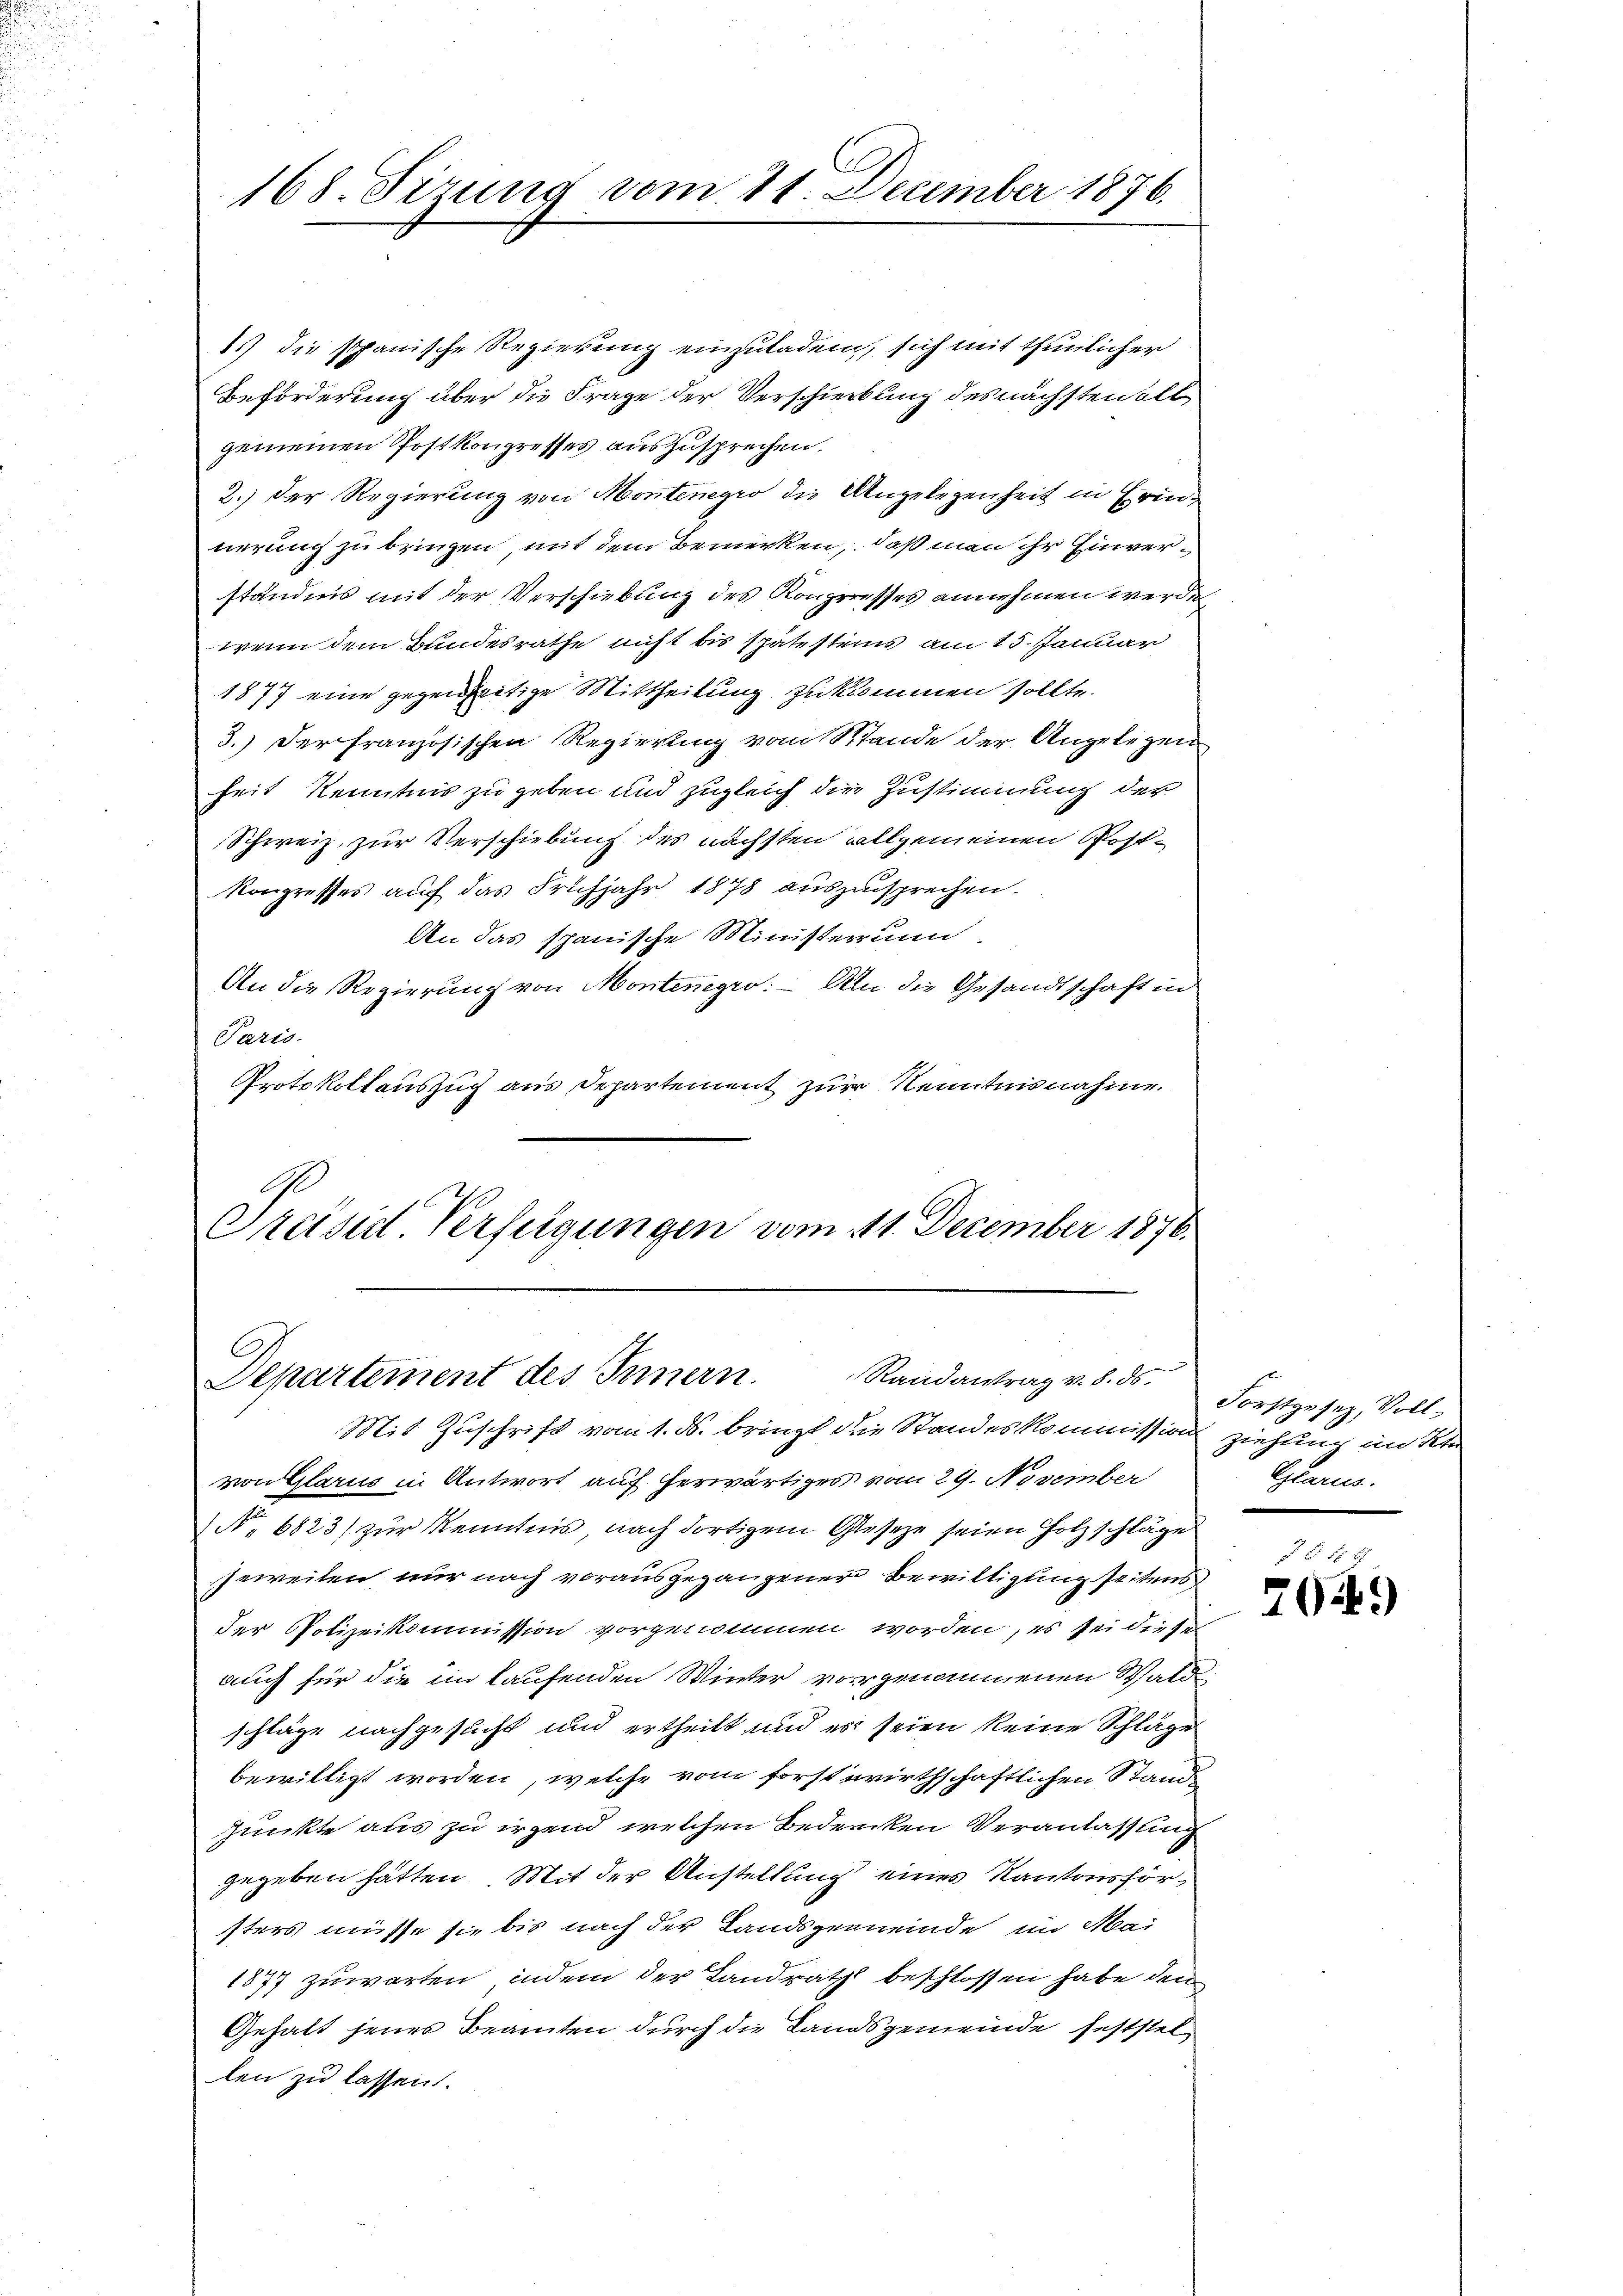
168. Sizung vom 21. December 1876.

1.) die spanische Regierung einzuladen, sich mit thunlicher
Beförderung über die Frage der Verschiebung des nächsten alt
gemeinen Postkongresses auszusprechen.
2.) Der Regierung von Montenegro die Angelegenheit in Erinnerung zu bringen, mit dem Bemerken, daß man ihr Einverständnis mit der Verschiebung des Kongresses annehmen werden,
wenn dem Bundesrathe nicht bis spätesteins am 15. Januar
1877 eine gegenseitige Mittheilung zukommen sollte.
3.) Der Französischen Regierung vom Stande der Angelegen
heit Kenntnis zu geben und zugleich die Zustimmung der
Schweiz zur Verschiebung des nächsten allgemeinen Postkongresses auf das Frühjahr 1878 auszusprechen.
An das spanische Ministerunm
An die Regierung von Montenegro. – Am die Gesandtschaft in
Paris.
Protokollauszug aus Departement zur Kenntnisnahme.
Ge
Präsid. Verfügungen vom 11. December 1876.

C
Randantrag v. 8. ds.
Departement des Innern.

Mit Zuschrift vom 1. ds. bringt die Standeskommission ziehung im Ste
von Glarus in Antwort auf herwärtiges vom 29. November
No 6823) zur Kenntnis nach dortigem Geseze seien Holzschläge
jeweiten nur nach vorausgegangener Bewilligung seitens
der Polizeikommission vorgenommen worden, es sei dieser
auch für die im kaufenden Winter vorgenommenen Wald
schläge nachgesucht und ertheilt und es seien keine Schläge
bewilligt worden, welche vom forst wirthschaftlichen Stand
punkte aus zu irgend, welchen Bedencken Veranlassung
gegeben hätten. Mit der Anstellung eines Kantonsförsters müsse sie bis nach der Landsgemeinde im Mai
1877 zuwarten, indem der Landrath beschlossen habe den
Gehalt jener Beamten durch die Landsgemeinde feststellen zu lassen.

Forstgesez, Voll¬
Glarus.

6 x
7049